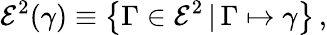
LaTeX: \mathcal{E}^{2}(\gamma)\equiv\left\{ \Gamma\in\mathcal{E}^{2}\, |\, \Gamma\mapsto\gamma\right\} \, ,